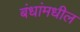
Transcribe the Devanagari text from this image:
बंधांमधील